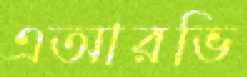
এআরভি